Civil Veterinary Department. Madras. Admin. report 1926-33 - 1926-1933
Year: 1926
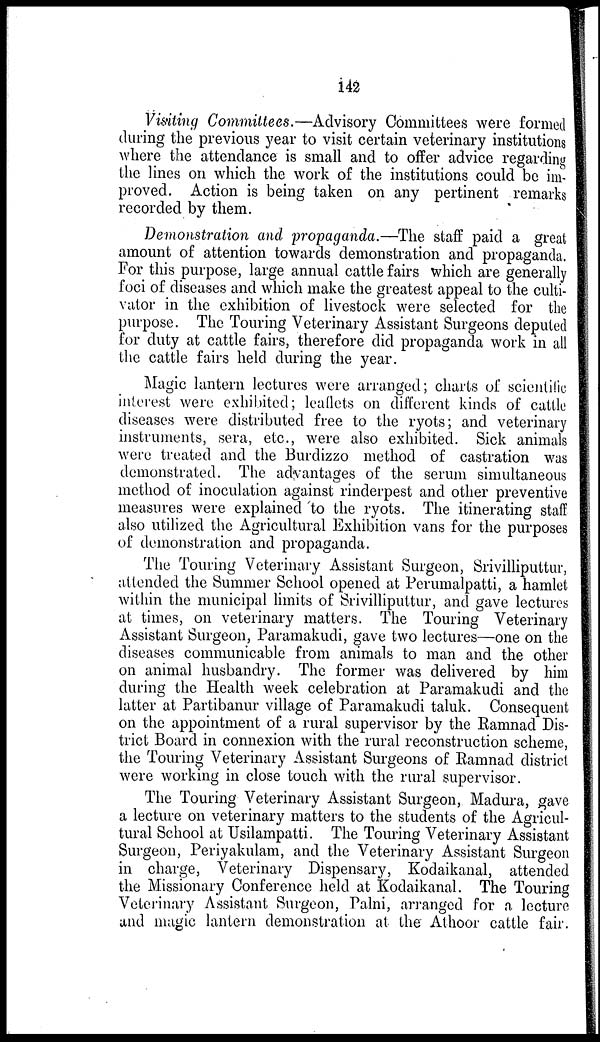
142
Visiting Committees.—Advisory Committees were formed
during the previous year to visit certain veterinary institutions
where the attendance is small and to offer advice regarding
the lines on which the work of the institutions could be im-
proved. Action is being taken on any pertinent remarks
recorded by them.
Demonstration and propaganda.—The staff paid a great
amount of attention towards demonstration and propaganda.
For this purpose, large annual cattle fairs which are generally
foci of diseases and which make the greatest appeal to the culti-
vator in the exhibition of livestock were selected for the
purpose. The Touring Veterinary Assistant Surgeons deputed
for duty at cattle fairs, therefore did propaganda work in all
the cattle fairs held during the year.
Magic lantern lectures were arranged; charts of scientific
interest were exhibited; leaflets on different kinds of cattle
diseases were distributed free to the ryots; and veterinary
instruments, sera, etc., were also exhibited. Sick animals
were treated and the Burdizzo method of castration was
demonstrated. The advantages of the serum simultaneous
method of inoculation against rinderpest and other preventive
measures were explained to the ryots. The itinerating staff
also utilized the Agricultural Exhibition vans for the purposes
of demonstration and propaganda.
The Touring Veterinary Assistant Surgeon, Srivilliputtur,
attended the Summer School opened at Perumalpatti, a hamlet
within the municipal limits of Srivilliputtur, and gave lectures
at times, on veterinary matters. The Touring Veterinary
Assistant Surgeon, Paramakudi, gave two lectures—one on the
diseases communicable from animals to man and the other
on animal husbandry. The former was delivered by him
during the Health week celebration at Paramakudi and the
latter at Partibanur village of Paramakudi taluk. Consequent
on the appointment of a rural supervisor by the Ramnad Dis-
trict Board in connexion with the rural reconstruction scheme,
the Touring Veterinary Assistant Surgeons of Ramnad district
were working in close touch with the rural supervisor.
The Touring Veterinary Assistant Surgeon, Madura, gave
a lecture on veterinary matters to the students of the Agricul-
tural School at Usilampatti. The Touring Veterinary Assistant
Surgeon, Periyakulam, and the Veterinary Assistant Surgeon
in charge, Veterinary Dispensary, Kodaikanal, attended
the Missionary Conference held at Kodaikanal. The Touring
Veterinary Assistant Surgeon, Palni, arranged for a lecture
and magic lantern demonstration at the Athoor cattle fair.